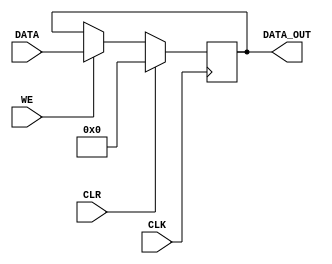
module REG #(parameter Datawidth=8)
	(input CLK,
	input CLR,
	input [Datawidth-1:0] DATA,
	input WE,
	output reg [Datawidth-1:0] DATA_OUT);

	
	always @ (posedge CLK) begin
			if(CLR) begin
				DATA_OUT <= 0;
			end else if (WE) begin
				DATA_OUT <= DATA;
			end
	end
endmodule